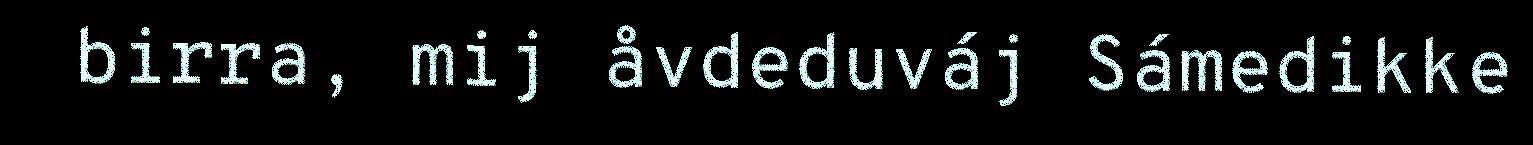
birra, mij åvdeduváj Sámedikke